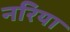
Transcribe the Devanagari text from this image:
नरिया